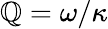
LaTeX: \mathbb{Q}=\omega/\kappa